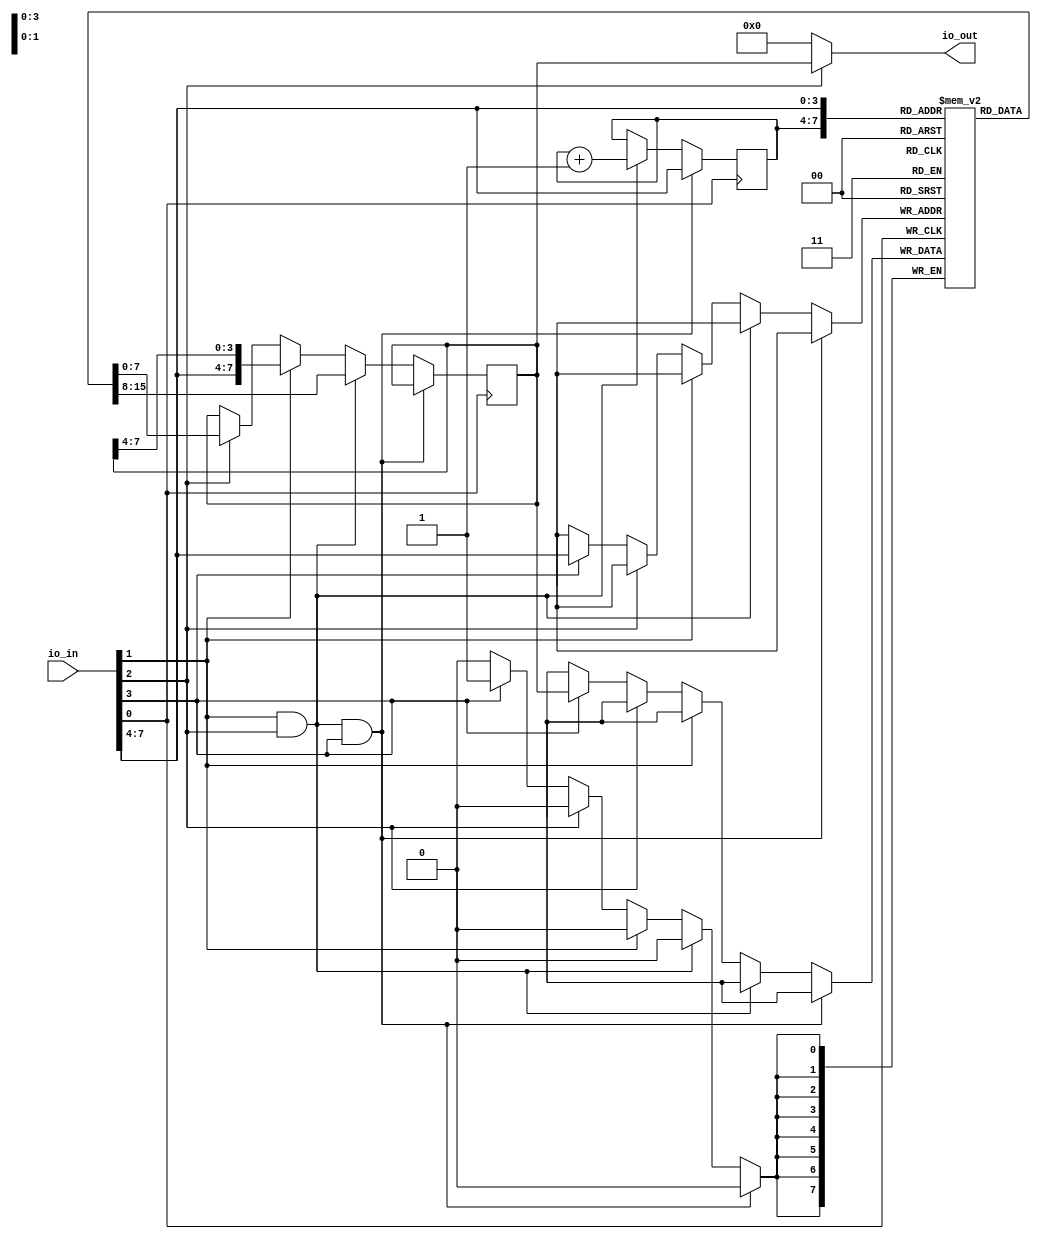
module jar_sram_top 
# (
	parameter AW = 4, // address width
	parameter DW = 8, // data width
	parameter DEPTH = 16 // number of bytes
)
(
	input  [DW-1:0] io_in,
	output [DW-1:0] io_out
);
	// Shared address and data input.
	// When writing, low data bits first, then high bits, then address
	wire             clk    = io_in[0]; // Clock
	wire             we     = io_in[1]; // Write Enable
	wire             oe     = io_in[2]; // Output Enable
	wire             commit = io_in[3]; // Commit to memory
	wire [AW-1:0] addr_data = io_in[DW-1:DW-AW];

	reg [DW-1:0] data_tmp;
	reg [DW-1:0] mem [DEPTH];
	reg [AW-1:0] stream_index;

	wire stream = we & oe;
	wire reset = stream & commit;

	always @(posedge clk) begin
		if (reset) begin
			stream_index <= addr_data;
		end
		else if (stream) begin
			data_tmp <= mem[stream_index];
			stream_index <= stream_index + 1;
		end
		else if (we) begin
			data_tmp <= {addr_data, data_tmp[DW-1:AW]};
		end
		else if (oe) begin
			data_tmp <= mem[addr_data];
		end
		else if (commit) begin
			mem[addr_data] <= data_tmp;
		end
	end

	assign io_out = (oe) ? data_tmp : 8'b0000_0000;
endmodule